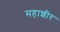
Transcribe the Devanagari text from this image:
महाशीर